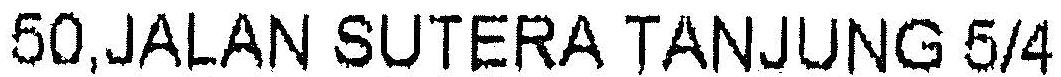
50,JALAN SUTERA TANJUNG 5/4